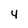
Character: 4